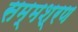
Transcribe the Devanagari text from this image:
सम्मश्रण